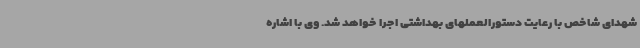
شهدای شاخص با رعایت دستورالعملهای بهداشتی اجرا خواهد شد. وی با اشاره